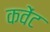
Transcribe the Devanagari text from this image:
कवेंट